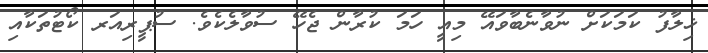
ޚިލާފު ކަމަކަށް ނުވާނެބާވައޭ މިއީ ހަމަ ކުރާން ޖެހޭ ސުވާލެކެވެ. ސުޕީރިއަރ ކޯޓުތަކާއި